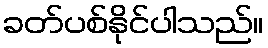
ခတ်ပစ်နိုင်ပါသည်။